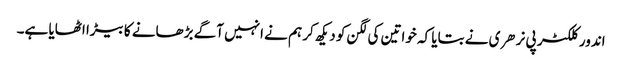
اندور کلکٹر پی نرهری نے بتایا کہ خواتین کی لگن کو دیکھ کر ہم نے انہیں آگے بڑھانے کا بیڑا اٹھایا ہے۔